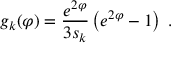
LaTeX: g _ { k } ( \varphi ) = \frac { e ^ { 2 \varphi } } { 3 s _ { k } } \left( e ^ { 2 \varphi } - 1 \right) \; .